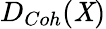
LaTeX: D_{Coh}(\mathit{X})